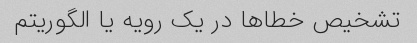
تشخیص خطاها در یک رویه یا الگوریتم